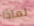
لماذا